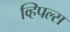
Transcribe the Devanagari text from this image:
व्हिपल्स